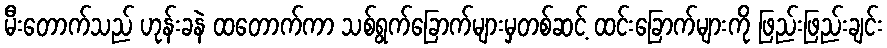
မီးတောက်သည် ဟုန်းခနဲ ထတောက်ကာ သစ်ရွက်ခြောက်များမှတစ်ဆင့် ထင်းခြောက်များကို ဖြည်းဖြည်းချင်း